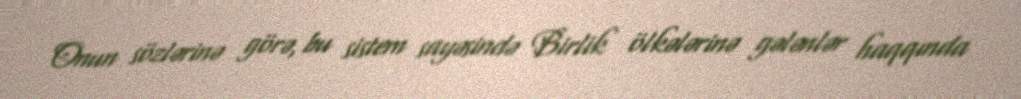
Onun sözlərinə görə, bu sistem sayəsində Birlik ölkələrinə gələnlər haqqında